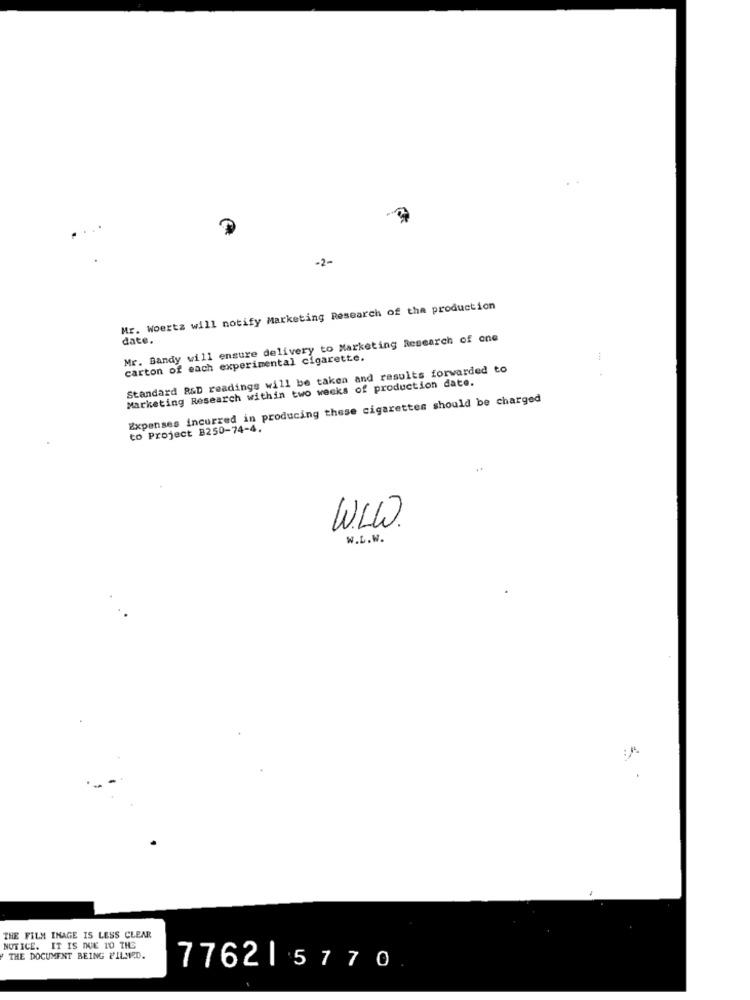
-2-
Mr. Woertz will notify Marketing Research of the production
Mr. Bandy will ensure delivery to Marketing Research of one
date.
carton of each experimental cigarette.
Standard R&D readings will be taken and results forwarded to
Marketing Research within two weeks of production date.
Expenses incurred in producing these cigarettes should be charged
to Project B250-74-4.
WWW.
W.t.W.
THE FILM IMAGE IS LESS CLEAR
NOTICE. IT IS DUE TO THE
THE DOCUMENT BEING FILMED.
776215770